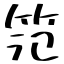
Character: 笵